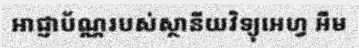
អាជ្ញាប័ណ្ណរបស់ស្ថានីយវិទ្យុអេហ្វ អឹម